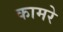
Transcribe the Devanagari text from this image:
कामरे